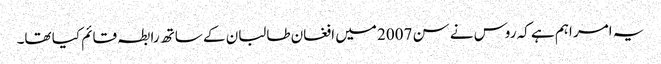
یہ امر اہم ہے کہ روس نے سن 2007 میں افغان طالبان کے ساتھ رابطہ قائم کیا تھا۔